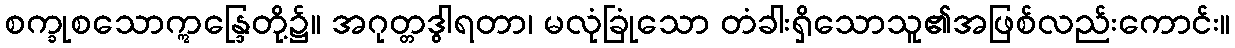
စက္ခုစသောဣန္ဒြေတို့၌။ အဂုတ္တဒွါရတာ၊ မလုံခြုံသော တံခါးရှိသောသူ၏အဖြစ်လည်းကောင်း။